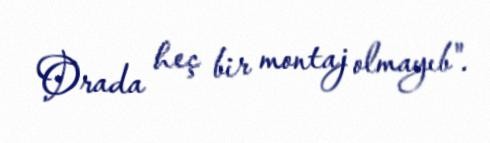
Orada heç bir montaj olmayıb".